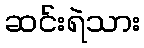
ဆင်းရဲသား